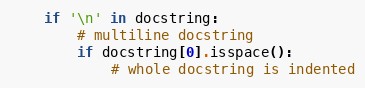
Language: Python
    if '\n' in docstring:
        # multiline docstring
        if docstring[0].isspace():
            # whole docstring is indented